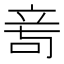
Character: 𥩭